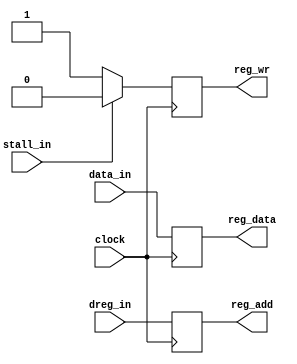
	module wb(reg_add,reg_data,reg_wr,
		data_in,dreg_in,stall_in,clock);
		
		input [0:31] data_in;
		input [0:4] dreg_in;
		input stall_in,clock;
		
		output [0:31] reg_data;
		output [0:4] reg_add;
		output reg_wr;
		 
		reg [0:31] reg_data;
		reg [0:4] reg_add;
		reg reg_wr; 

		always @ (negedge clock)
		begin 	
			reg_add=dreg_in;
			reg_data=data_in;
				
			if(!stall_in)
			begin	
				reg_wr=1;
			end
			else
				reg_wr=0;
		end
	endmodule